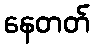
နေတတ်